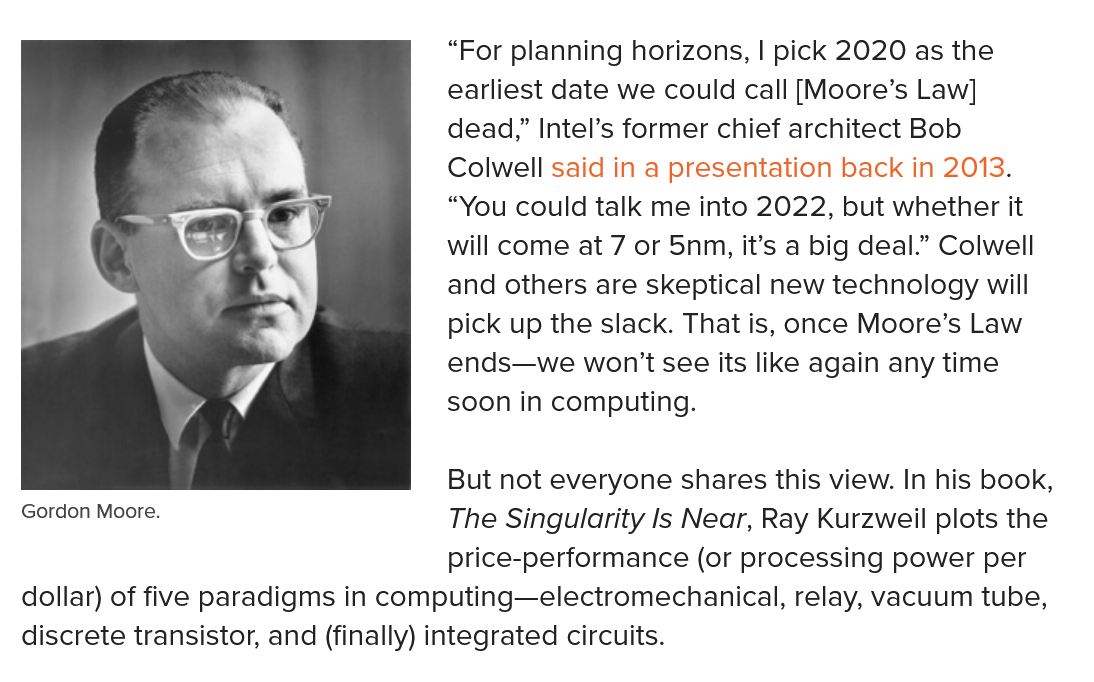
“For planning horizons, | pick 2020 as the
     earliest date we could call [Moore’s Law]
     dead,” Intel’s former chief architect Bob
     Colwell said in a presentation back in 2013.
     “You could talk me into 2022, but whether it
     will come at 7 or 5nn, it’s a big deal.” Colwell
     and others are skeptical new technology will
     pick up the slack. That is, once Moore’s Law
     ends—we won't see its like again any time
     soon in computing.
  |    Bt not everyone shares this view. In his book,
  Gordon Moore.
     The Singularity Is Near, Ray Kurzweil plots the
     price-performance (or processing power per
  dollar) of five paradigms in computing—electromechanical, relay, vacuum tube,
  discrete transistor, and (finally) integrated circuits.
  Gordon Moore.